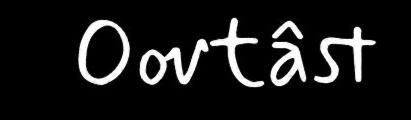
Oovtâst